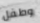
وطفل